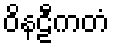
ဝိနဠီကတံ